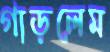
গাড়লেম